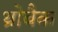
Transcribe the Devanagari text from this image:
थ्रोबैक